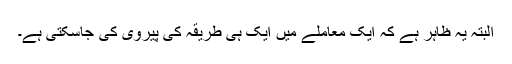
البتہ یہ ظاہر ہے کہ ایک معاملے میں ایک ہی طریقہ کی پیروی کی جاسکتی ہے۔